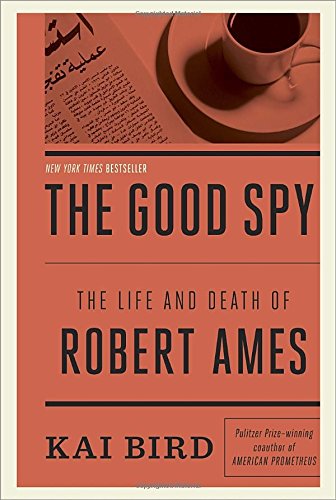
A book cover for The Good Spy: The Life and Death of Robert Ames; Kai Bird; Biographies & Memoirs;